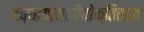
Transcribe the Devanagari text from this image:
देव्यायामलीयोक्तितत्व